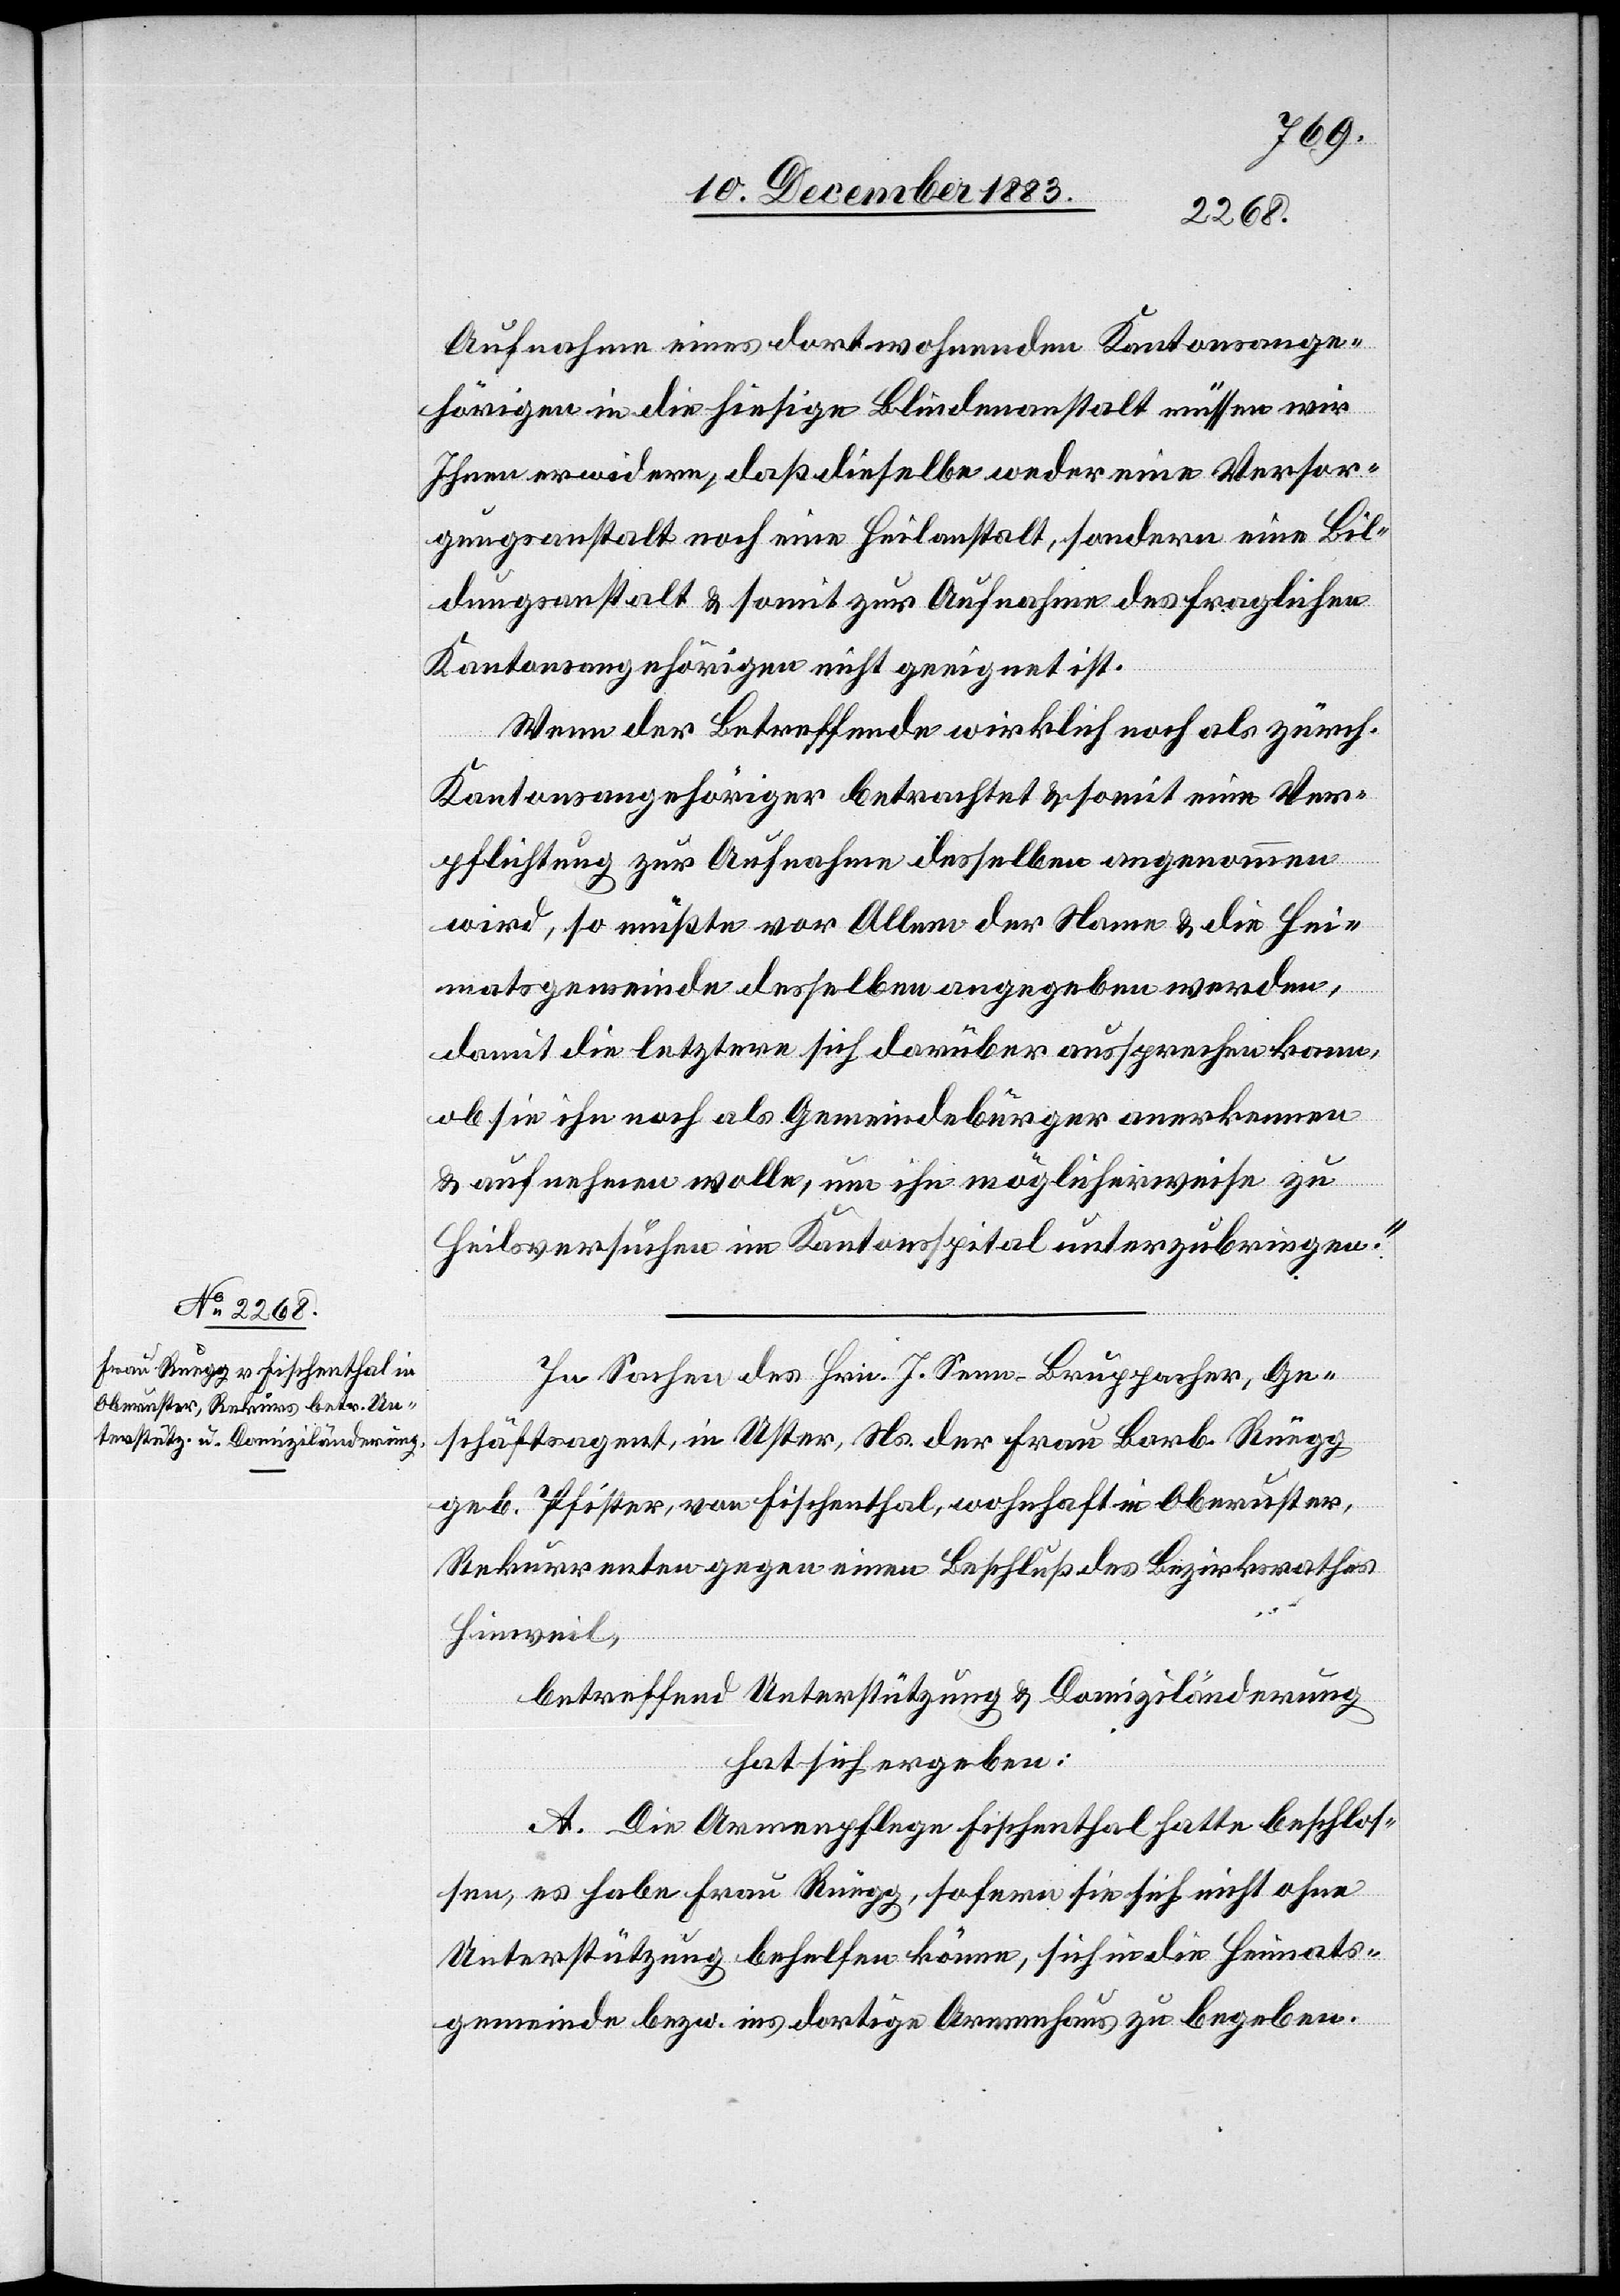
Aufnahme eines dort wohnenden Kantonsange¬
hörigen in die hiesige Blindenanstalt müssen wir
Ihnen erwidern, daß dieselbe weder eine Versor¬
gungsanstalt noch eine Heilanstalt, sondern eine Bil¬
dungsanstalt & somit zur Aufnahme des fraglichen
Kantonsangehörigen nicht geeignet ist.
Wenn der Betreffende wirklich noch als zürch.
Kantonsangehöriger betrachtet & somit eine Ver¬
pflichtung zur Aufnahme desselben angenommen
wird, so müßte vor Allem der Name & die Hei¬
matsgemeinde desselben angegeben werden,
damit die letztere sich darüber aussprechen kann
ob sie ihn noch als Gemeindebürger anerkennen
& aufnehmen wolle, um ihn möglicherweise zu
Heilsversuchen im Kantonsspital unterzubringen.“
In Sachen des Hrn. J. Senn-Bruppacher, Ge¬
schäftsagent, in Uster, Ns. der Frau Barb. Rüegg
geb. Pfister, von Fischenthal, wohnhaft in Oberuster,
Rekurrenten gegen einen Beschluß des Bezirksrathes
Hinweil,
betreffend Unterstützung & Domiziländerung
hat sich ergeben:
A. Die Armenpflege Fischenthal hatte beschlos¬
sen, es habe Frau Rüegg, sofern sie sich nicht ohne
Unterstützung behelfen könne, sich in die Heimats¬
gemeinde bezw. ins dortige Armenhaus zu begeben.